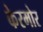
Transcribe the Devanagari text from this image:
केरमोर